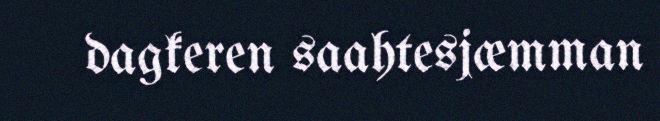
dagkeren saahtesjæmman